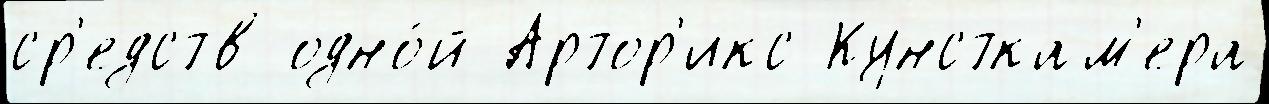
ср'едств одно́й Артор'икс Кунсткам'ера